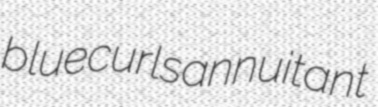
bluecurls annuitant